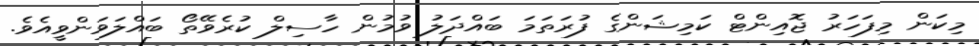
މިކަން މިފަހަރު ޖޮއިންޓް ކަމިޝަންގެ ފުރަތަމަ ބައްދަލު ވުމުން ހާސިލް ކުރެވޭތޯ ބައްލަވަންވީއެވެ.